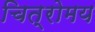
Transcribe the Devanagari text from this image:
चित्रोमय